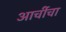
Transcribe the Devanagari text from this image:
आर्चीचा